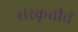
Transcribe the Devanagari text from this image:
संस्कृतीचं